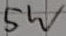
Text: 5W